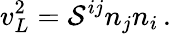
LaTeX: v_{L}^{2}={{\cal S}^{ij}n_{j}n_{i}}\, .